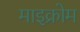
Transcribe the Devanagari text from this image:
माइक्रोम